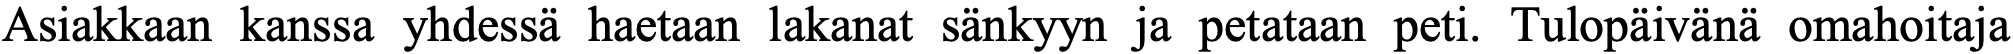
Asiakkaan kanssa yhdessä haetaan lakanat sänkyyn ja petataan peti. Tulopäivänä omahoitaja